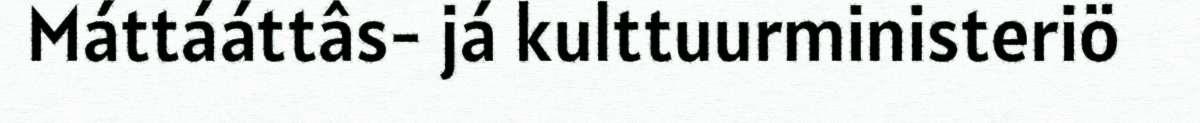
Máttááttâs- já kulttuurministeriö